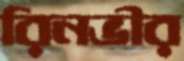
রিনভীর